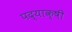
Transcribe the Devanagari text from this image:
पद्याक्षी